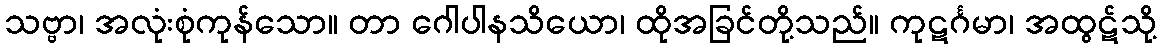
သဗ္ဗာ၊ အလုံးစုံကုန်သော။ တာ ဂေါပါနသိယော၊ ထိုအခြင်တို့သည်။ ကုဋင်္ဂမာ၊ အထွဋ်သို့